Vaccination report Assam 1896-1927 - 1896-1927
Year: 1896
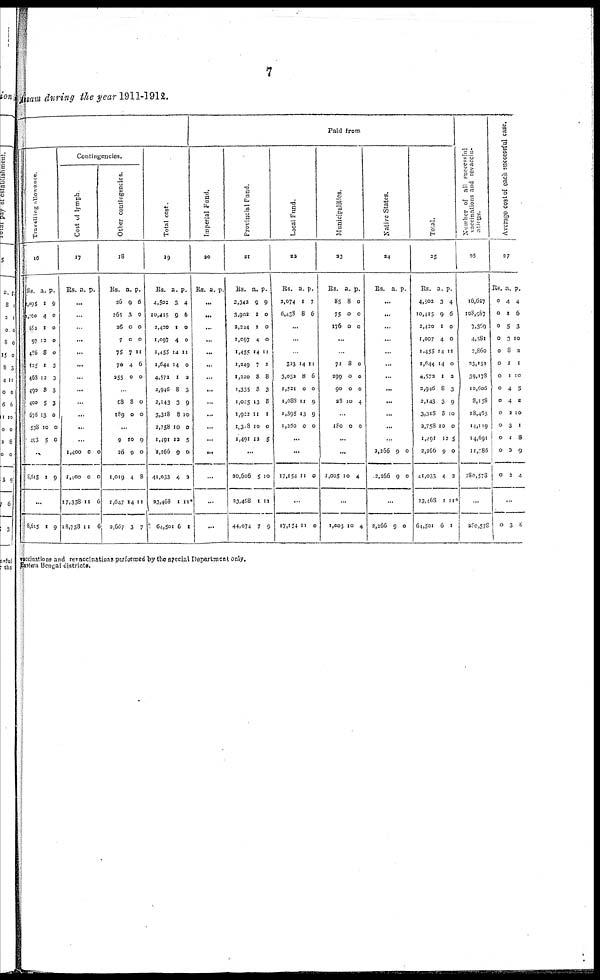
7
Assam during the year 1911-1912.
Travelling allowance
16
Rs.
2,095
1,760
682
97
486
425
463
490
400
676
538
493
a.
1
4
1
12
8
1
12
8
5
13
10
5
...
9,615 1
p.
9
0
0
0
0
3
3
3
3
0
0
0
9
...
8,615 1 9
Contingencies.
Cost of lymph
17
Rs. a. p.
...
...
.
...
...
...
...
...
...
...
...
...
1,400
1,400
17,358
18,758
0
0
11
11
0
0
6
6
Other contingencies.
18
Rs.
26
265
26
7
75
70
255
a.
9
3
0
0
7
4
0
p.
6
0
0
0
11
6
0
.
68
189
8
0
0
0
...
9
26
1,019
1,647
2,667
10
9
4
14
3
9
0
8
11
7
Total cost.
19
Rs.
4,502
10,415
2,420
1,097
1,455
1,644
4,572
2,946
2,143
3,318
2,758
1,491
2,266
41,033
23,468
64,501
a.
3
9
1
4
14
14
1
8
3
8
10
12
9
4
1
6
p.
4
6
0
0
11
0
2
3
9
10
0
5
0
2
11*
1
Paid from
Imperial Fund.
20
Rs. a. p.
...
...
...
...
...
...
...
...
...
...
...
...
...
...
...
...
Provincial fund.
21
Rs.
2,342
3,902
2,244
1,097
1,455
1,249
1,220
1,335
1,025
1,922
1,318
1,491
a.
9
1
1
4
14
7
8
8
13
11
10
12
p.
9
0
0
0
11
7
8
3
8
1
0
5
...
20,606
23,468
44,074
5
1
7
10
11
9
Local Fund.
22
Rs.
2,074
6,438
a.
1
8
p.
7
6
...
...
.
323
3,052
1,521
1,088
1,395
1,250
14
8
0
11
13
0
11
6
0
9
9
0
...
...
17,154 11 0
...
17,154 11 0
Municipalities.
23
Rs.
85
75
176
a.
8
0
0
p.
0
0
0
...
..
71
299
90
28
8
0
0
10
0
0
0
4
...
180 0 0
...
...
1,005 10 4
...
1,005 10 4
Native States.
24
Rs. a. p.
...
...
...
...
...
...
..
...
...
...
...
...
2,266
2,266
9
9
0
0
...
2,266 9 0
Total.
25
Rs.
4,502
10,415
2,420
1,097
1,455
1,644
4,572
2,946
2,143
3,318
2,758
1,491
2,266
41,033
23,468
64,501
a.
3
9
1
4
14
14
1
8
3
8
10
12
9
4
1
6
p.
4
6
0
0
11
0
2
3
9
10
0
5
0
3
11*
1
Number of all successful
vaccinations and revaccin-
ations
26
16,627
108,987
7,369
4,581
2,860
23,151
39,178
10,606
8,158
18,465
14,119
14,691
11,786
280,573
...
280,578
Average cost of each successful case.
27
Rs.
0
0
0
0
0
0
0
0
0
0
0
0
0
0
a.
4
1
5
3
8
1
1
4
4
2
3
1
2
2
p.
4
6
3
10
2
1
10
5
2
10
1
8
9
4
...
0 3 8
vaccinations and revaccinations performed by the special Department only.
Eastern Bengal districts.